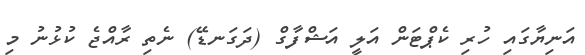
އަނިޔާގައި ހުރި ކެޕްޓަން އަލީ އަޝްފާގް (ދަގަނޑޭ) ނެތި ރާއްޖެ ކުޅުނު މި